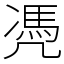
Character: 凴